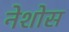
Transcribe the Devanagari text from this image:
नेशोस